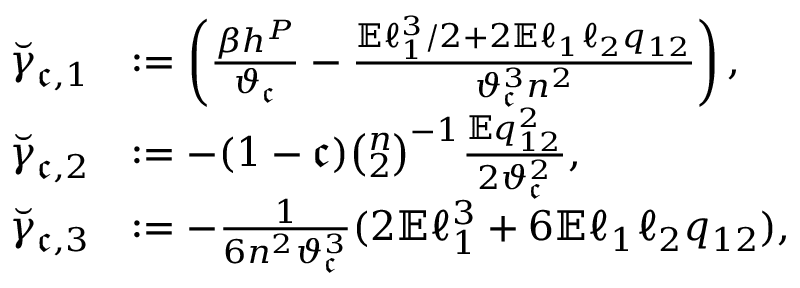
\begin{array} { r l } { \breve { \gamma } _ { \mathfrak { c } , 1 } } & { : = \left( \frac { \beta h ^ { P } } { \vartheta _ { \mathfrak { c } } } - \frac { \mathbb { E } \ell _ { 1 } ^ { 3 } / 2 + 2 \mathbb { E } \ell _ { 1 } \ell _ { 2 } q _ { 1 2 } } { \vartheta _ { \mathfrak { c } } ^ { 3 } n ^ { 2 } } \right) , } \\ { \breve { \gamma } _ { \mathfrak { c } , 2 } } & { : = - ( 1 - \mathfrak { c } ) \binom { n } { 2 } ^ { - 1 } \frac { \mathbb { E } q _ { 1 2 } ^ { 2 } } { 2 \vartheta _ { \mathfrak { c } } ^ { 2 } } , } \\ { \breve { \gamma } _ { \mathfrak { c } , 3 } } & { : = - \frac { 1 } { 6 n ^ { 2 } \vartheta _ { \mathfrak { c } } ^ { 3 } } ( 2 \mathbb { E } \ell _ { 1 } ^ { 3 } + 6 \mathbb { E } \ell _ { 1 } \ell _ { 2 } q _ { 1 2 } ) , } \end{array}